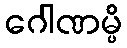
ဂေါဏမ္ပိ